Annual report of the Punjab Veterinary College and of the Civil Veterinary Department, Punjab - 1909-1919
Year: 1909
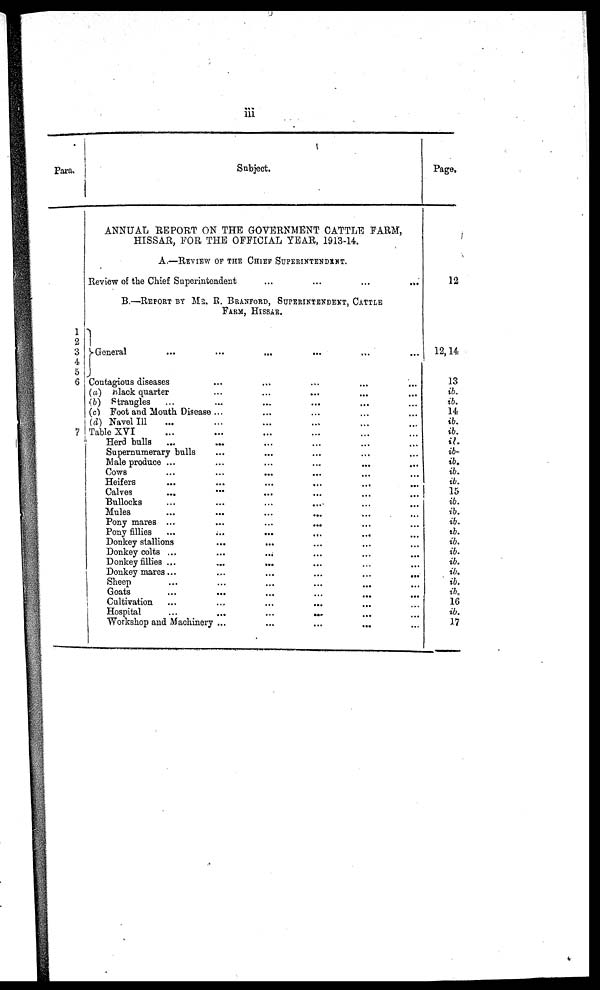
iii
Para.
1
2
3.
4.
5
6
7
Subject.
ANNUAL REPORT ON THE GOVERNMENT CATTLE FARM,
HISSAR, FOR THE OFFICIAL YEAR, 1913-14.
A.—REVIEW OF THE CHIEF SUPERINTENDENT.
Review of the Chief Superintendent
...
...
...
...
B.—REPORT BY MR. R. BRANFORD, SUPERINTENDENT, CATTLE
FARM, HISSAR.
General ... ... ... ... ... ... ...
Contagious diseases ... ... ... ... ...
(a) Black quarter ... ... ... ... ...
(b) Strangles ... ... ... ...
(c) Foot and Mouth Disease ... ... ... ... ...
(d) Navel Ill ... ... ... ... ...
Table XVI ... ... ... ... ...
Herd bulls ... ... ... ... ...
Supernumerary bulls ... ... ... ...
Male produce ... ... ... ... ... ...
Cows
...
...
...
...
...
Heifers ... ... ... ... ... ...
Calves ... ... ... ... ... ... ...
Bullocks ... ... ... ... ... ...
Mules ... ... ... ... ...
Pony mares ... ... ... ... ... ...
Pony fillies ...
...
...
Donkey stallions ... ... ... ... ...
Donkey colts ....
... ... ... ...
Donkey
fillies
...
...
...
Donkey mares ...
....
...
...
...
...
Sheep ... ... ... ... ...
Goats ... ... ... ...
Cultivation ... ... ... ...
Hospital
...
...
...
...
Workshop and Machinery ... ... ... ... ... ... ... ... ...
Page.
12
12, 14
13
ib.
ib.
14
ib.
ib.
a. ib.
ib.
ib.
i
ib.
15
ib.
ib.
ib.
ib.
ib.
ib.
ib.
ib.
ib.
ib.
16
ib.
17